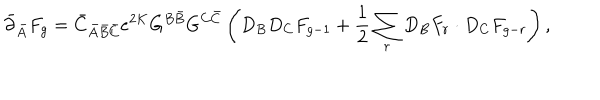
LaTeX: \bar { \partial } _ { \bar { A } } F _ { g } = \bar { C } _ { \bar { A } \bar { B } \bar { C } } e ^ { 2 K } G ^ { B \bar { B } } G ^ { C \bar { C } } \left( D _ { B } D _ { C } F _ { g - 1 } + \frac { 1 } { 2 } \sum _ { r } D _ { B } F _ { r } \cdot D _ { C } F _ { g - r } \right) ,